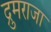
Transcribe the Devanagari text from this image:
द्रुमराजा